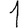
Digit: 1